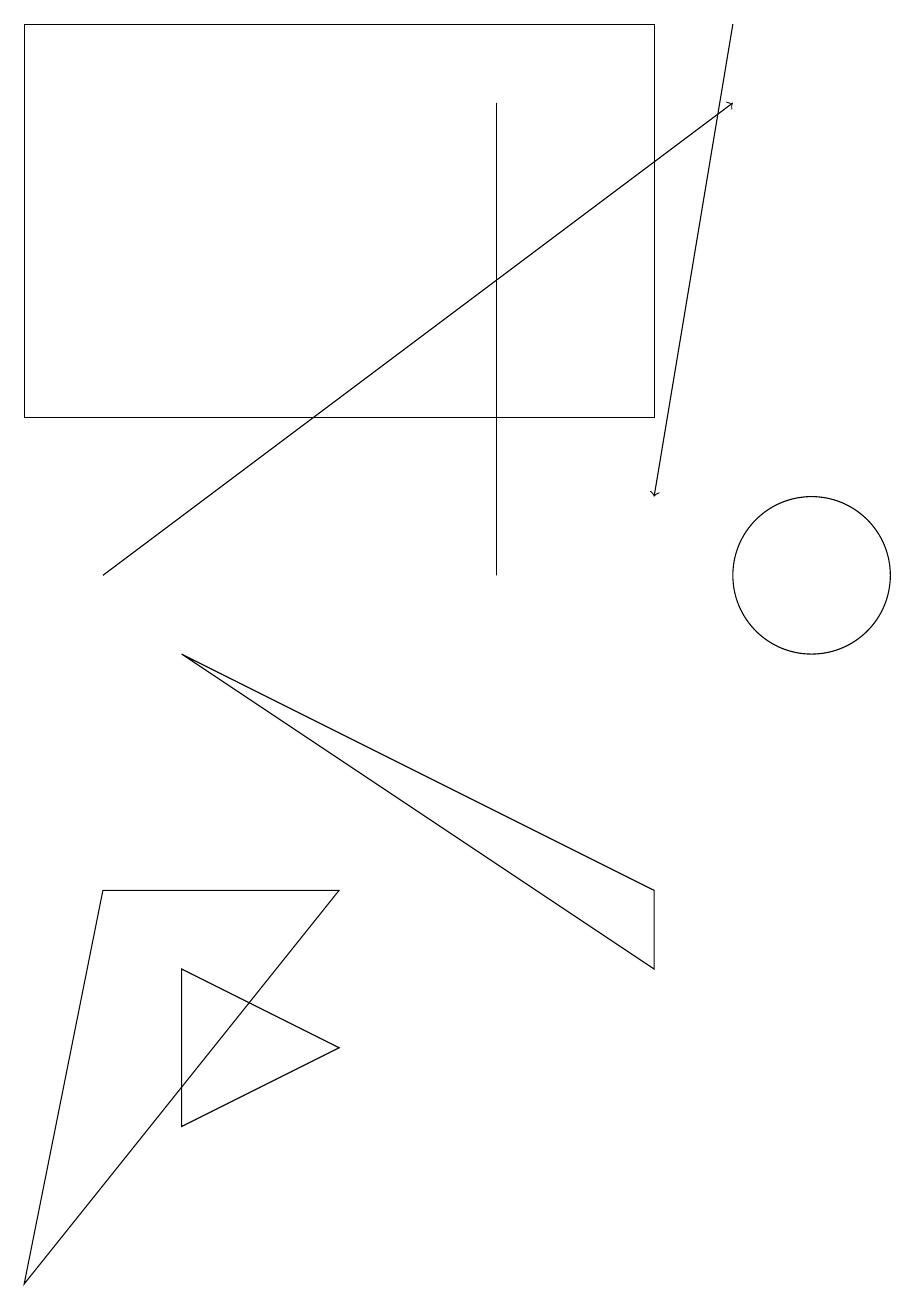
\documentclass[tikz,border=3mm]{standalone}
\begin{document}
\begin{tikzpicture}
\draw (4,6) -- (0,1) -- (1,6) -- cycle;
\draw[->] (9,17) -- (8,11);
\draw (8,12) rectangle (0,17);
\draw (2,9) -- (8,5) -- (8,6) -- cycle;
\draw[->] (1,10) -- (9,16);
\draw (10,10) circle (1);
\draw (2,3) -- (2,5) -- (4,4) -- cycle;
\draw (6,10) rectangle (6,16);
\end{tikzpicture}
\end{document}